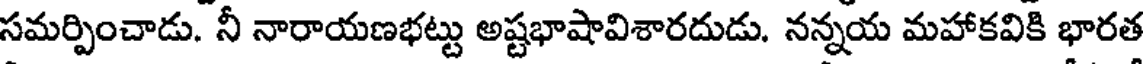
సమర్పించాడు. నీ నారాయణభట్టు అష్టభాషావిశారదుడు. నన్నయ మహాకవికి భారత